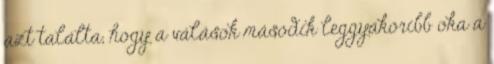
azt találta, hogy a válások második leggyakoribb oka a